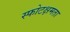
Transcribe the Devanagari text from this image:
स्फोटक्षमता